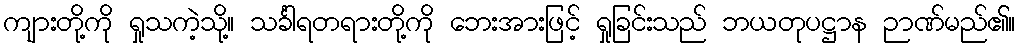
ကျားတို့ကို ရှုသကဲ့သို့။ သင်္ခါရတရားတို့ကို ဘေးအားဖြင့် ရှုခြင်းသည် ဘယတုပဋ္ဌာန ဉာဏ်မည်၏။